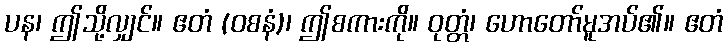
ပန၊ ဤသို့လျှင်။ ဧတံ (ဝစနံ)၊ ဤစကားကို။ ဝုတ္တံ၊ ဟောတော်မူအပ်၏။ ဧတံ